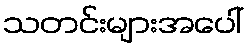
သတင်းများအပေါ်